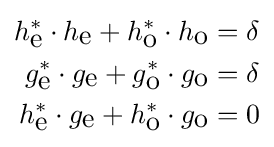
{\begin{aligned}h_{\mbox{e}}^{*}\cdot h_{\mbox{e}}+h_{\mbox{o}}^{*}\cdot h_{\mbox{o}}&=\delta \\g_{\mbox{e}}^{*}\cdot g_{\mbox{e}}+g_{\mbox{o}}^{*}\cdot g_{\mbox{o}}&=\delta \\h_{\mbox{e}}^{*}\cdot g_{\mbox{e}}+h_{\mbox{o}}^{*}\cdot g_{\mbox{o}}&=0\end{aligned}}